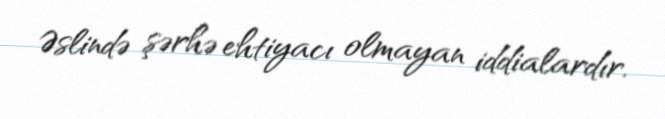
Əslində şərhə ehtiyacı olmayan iddialardır.